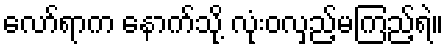
လော်ရာက နောက်သို့ လုံးဝလှည့်မကြည့်ရဲ။